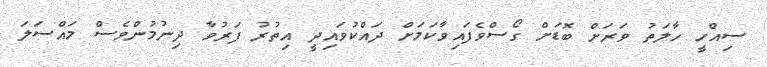
ސިއްހީ ހާލަތު ވަރަށް ބޮޑަށް ގޯސްވެފައިވާކަމަށް ދައްކުވައިދީ އިތުރު ފަރުވާ ދިނުމުންވެސް މައްސަލަ